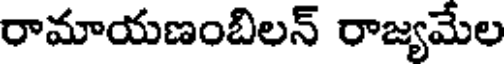
రామాయణంబిలన్ రాజ్యమేల